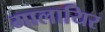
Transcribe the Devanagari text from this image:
मालायिर